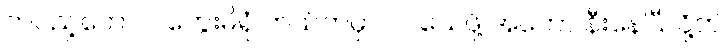
တပည့်တော်။ ။ တွေးမိရုံ ဘယ်ကမှာလဲ၊ သေဖို့ အတော် နီးနေပြီလို့ဘဲ